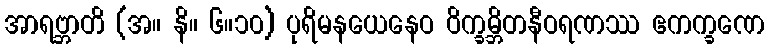
အာရဗ္ဘာတိ (အ။ နိ။ ၆။၁၀) ပုရိမနယေနေဝ ဝိက္ခမ္ဘိတနီဝရဏဿ ဧကက္ခဏေ